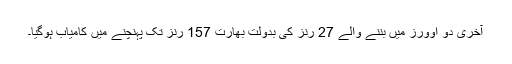
آخری دو اوورز میں بننے والے 27 رنز کی بدولت بھارت 157 رنز تک پہنچنے میں کامیاب ہوگیا۔